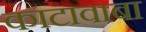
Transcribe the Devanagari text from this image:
काटावाबा